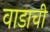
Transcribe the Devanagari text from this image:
वाडाची